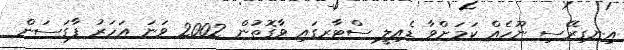
އިނގިރޭސި ނޫހެއް ކަމަށްވާ ޑެއިލީ ސްޓާރގައި ވާގޮތުން 2002 ވަނަ އަހަރު ފާގަސަން